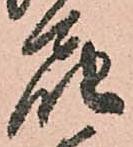
届